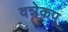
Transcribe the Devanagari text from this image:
वन्नेकपू